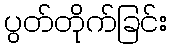
ပွတ်တိုက်ခြင်း